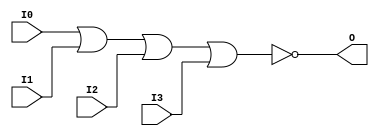
// $Header: /devl/xcs/repo/env/Databases/CAEInterfaces/verunilibs/s/NOR4.v,v 1.8.22.1 2003/11/18 20:41:37 wloo Exp $

/*

FUNCTION	: 4-INPUT NOR GATE

*/

`timescale  100 ps / 10 ps


module NOR4 (O, I0, I1, I2, I3);

    output O;

    input  I0, I1, I2, I3;

    nor O1 (O, I0, I1, I2, I3);

    specify
	(I0 *> O) = (0, 0);
	(I1 *> O) = (0, 0);
	(I2 *> O) = (0, 0);
	(I3 *> O) = (0, 0);
    endspecify

endmodule